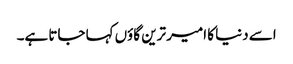
اسے دنیا کا امیر ترین گاؤں کہا جاتا ہے۔